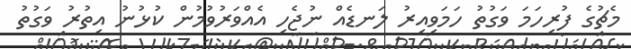
މެޗުގެ ފުރިހަމަ ވަގުތު ހަމަވިއިރު ލަނޑެއް ނުޖެހި އެއްވަރުވުމުން ކުޅުނު އިތުރު ވަގުތު